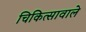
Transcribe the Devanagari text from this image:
चिकित्सावाले